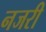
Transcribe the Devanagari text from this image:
नजरी